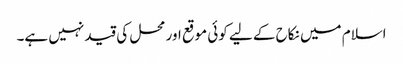
اسلام میں نکاح کے لیے کوئی موقع اور محل کی قید نہیں ہے۔